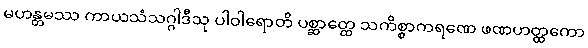
မဟန္တမဿ ကာယသံသဂ္ဂါဒီသု ပါဝါရောတိ ပစ္ဆာတ္ထေ သကိစ္စာကရဏေ ဖဏဟတ္ထကော